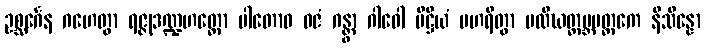
ဥစ္ဆင်္ဂေန ဂဟေတွာ ရဇ္ဇုဒဏ္ဍဟတ္ထော ပါတောဝ ဝဇံ ဂန္တွာ ဂါဝေါ ပိဋ္ဌိယံ ပဟရိတွာ ပလိဃတ္ထမ္ဘမတ္ထကေ နိသိန္နော